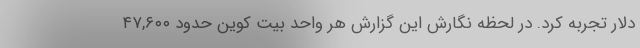
دلار تجربه کرد. در لحظه نگارش این گزارش هر واحد بیت کوین حدود ۴۷,۶۰۰